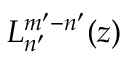
L _ { n ^ { \prime } } ^ { m ^ { \prime } - n ^ { \prime } } ( z )